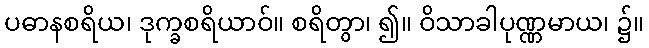
ပဓာနစရိယ၊ ဒုက္ခစရိယာဝ်။ စရိတွာ၊ ၍။ ဝိသာခါပုဏ္ဏမာယ၊ ၌။